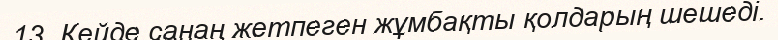
13. Кейде санаң жетпеген жұмбақты қолдарың шешеді.